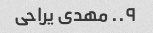
۹.. مهدی یراحی